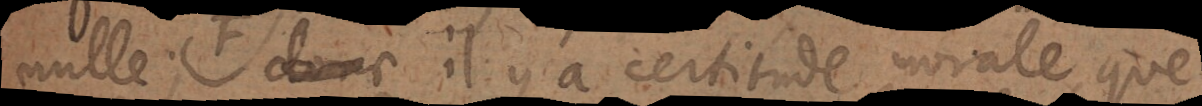
quent il y a certitude morale, que